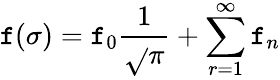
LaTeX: \mathtt{f}(\sigma)=\mathtt{f}_{0}\frac{{1}}{{\sqrt{}{{\pi}}}}+\sum_{r=1}^{\infty}\mathtt{f}_{n}